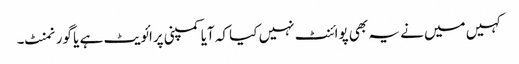
کہیں میں نے یہ بھی پوائنٹ نہیں کیا کہ آیا کمپنی پرائویٹ ہے یا گورنمنٹ۔